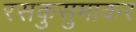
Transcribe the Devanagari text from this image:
रसकुसुमाकर